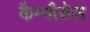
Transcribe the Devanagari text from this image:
कैम्बीसेस